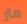
متر